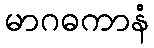
မာဂဓကာနံ